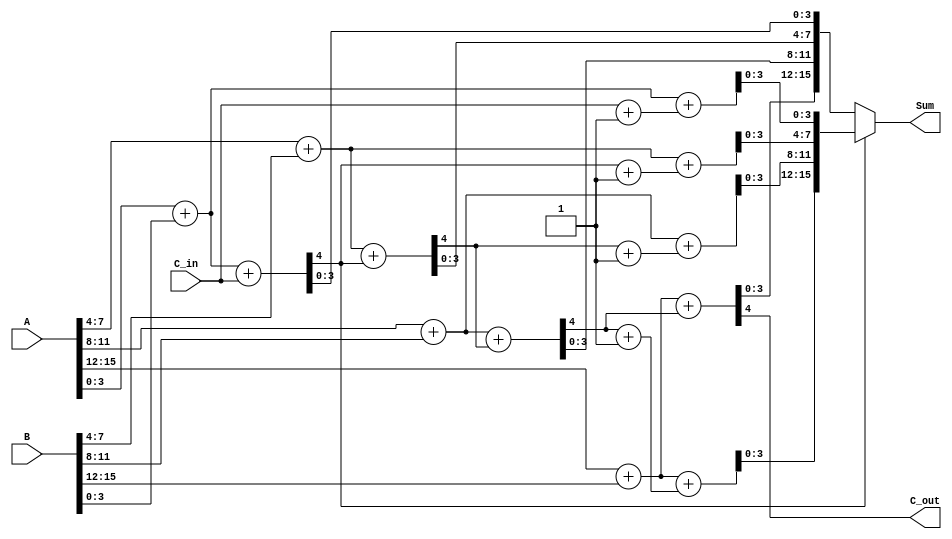
module Hybrid_Carry_Select_Adder (
    input [15:0] A,            // First 16-bit input
    input [15:0] B,            // Second 16-bit input
    input C_in,                // Carry-in for the first segment
    output [15:0] Sum,         // 16-bit sum output
    output C_out               // Carry-out from the last segment
);

    wire [3:0] Sum0 [3:0];     // Sums for C_in = 0
    wire [3:0] Sum1 [3:0];     // Sums for C_in = 1
    wire C_out_segment [3:0];  // Carry-out for each segment
    
    // 4-bit carry select adders for each segment
    genvar i;
    generate
        for (i = 0; i < 4; i = i + 1) begin: CSA_segment
            // First adder for C_in = 0
            assign {C_out_segment[i], Sum0[i]} = A[i*4 +: 4] + B[i*4 +: 4] + (i == 0 ? C_in : C_out_segment[i-1]);
            // Second adder for C_in = 1
            assign {C_out_segment[i], Sum1[i]} = A[i*4 +: 4] + B[i*4 +: 4] + (i == 0 ? C_in + 1 : C_out_segment[i-1] + 1);
        end
    endgenerate

    // Select the final sum based on the carry-out from the previous segment
    assign Sum = (C_out_segment[0] == 0) ? {Sum0[3], Sum0[2], Sum0[1], Sum0[0]} :
                 (C_out_segment[0] == 1) ? {Sum1[3], Sum1[2], Sum1[1], Sum1[0]} :
                 16'b0; // Default case (should never happen)

    // Final carry-out is the carry-out from the last segment
    assign C_out = C_out_segment[3];

endmodule